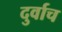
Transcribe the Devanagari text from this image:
दुर्वाच